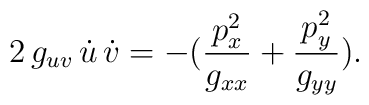
2\,g_{uv}\,\dot{u}\,\dot{v} = - ({p_x^2 \over g_{xx}} +{p_y^2 \over g_{yy}}).